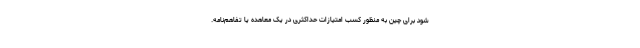
شود برای چین به منظور کسب امتیازات حداکثری در یک معاهده یا تفاهم‌نامه.